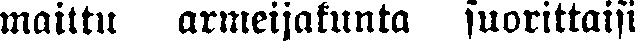
maittu armeijakunta suorittaisi